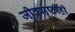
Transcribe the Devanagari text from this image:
जीवसृष्टीही